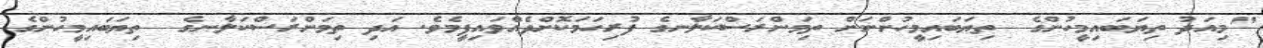
"މިއަދު ތިޔަބައިމީހުންގެ  ތިޔަބައިމީހުންނަށް ތިމަންރަސްކަލާނގެ ފުރިހަމަކޮށްދެއްވައިފީމެވެ. އަދި ތިމަންރަސްކަލާނގެ  ތިޔަބައިމީހުންގެ